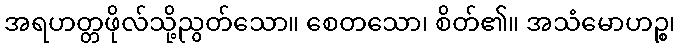
အရဟတ္တဖိုလ်သို့ညွတ်သော။ စေတသော၊ စိတ်၏။ အသံမောဟဉ္စ၊